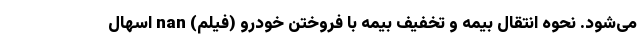
می‌شود. نحوه انتقال بیمه و تخفیف بیمه با فروختن خودرو (فیلم) nan اسهال